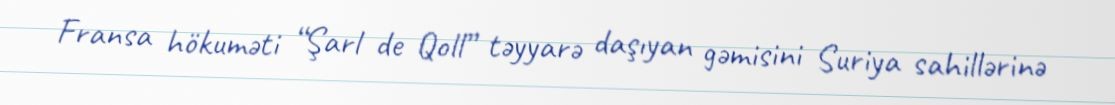
Fransa hökuməti “Şarl de Qoll” təyyarə daşıyan gəmisini Suriya sahillərinə